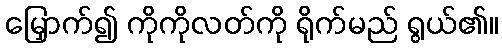
မြှောက်၍ ကိုကိုလတ်ကို ရိုက်မည် ရွယ်၏။